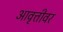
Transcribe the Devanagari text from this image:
आवृत्तीवर